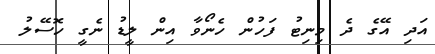
އަދި އޭގެ ދެ މިނިޓު ފަހުން ހެނޯވާ އިން ލީޑު ނެގީ ހޮސޭލު